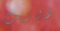
دوريت